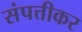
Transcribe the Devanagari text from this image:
संपत्तीकर